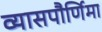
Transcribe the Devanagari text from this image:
व्यासपौर्णिमा